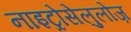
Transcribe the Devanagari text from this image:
नाइट्रोसेलुलोज़